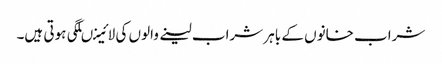
شراب خانوں کے باہر شراب لینے والوں کی لائینںلگی ہوتی ہیں۔